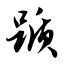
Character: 踬